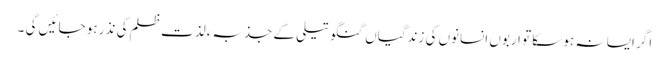
اگر ایسا نہ ہو سکا تو اربوں انسانوں کی زندگیاں گنگو تیلی کے جذبہء لذتِ ظلم کی نذر ہو جائیں گی ۔